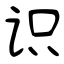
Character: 识